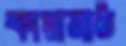
কাদামাঠ